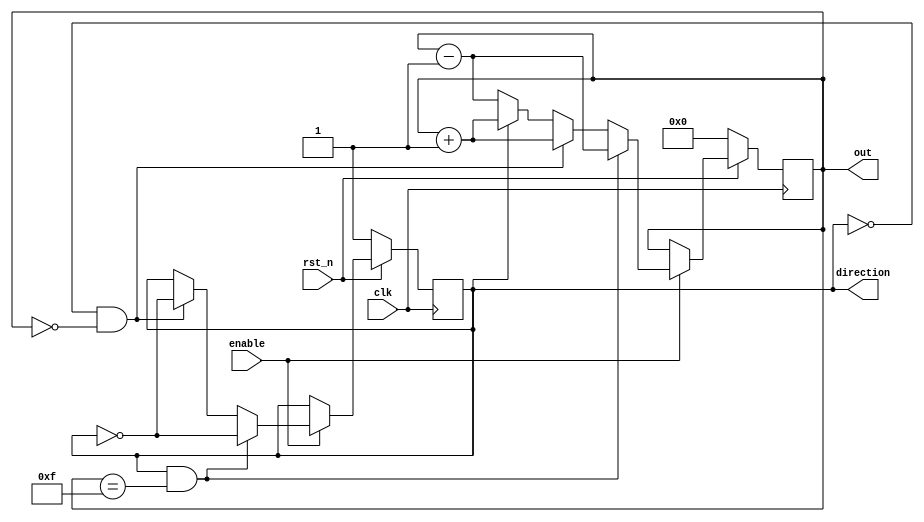
`timescale 1ns/1ps

module Ping_Pong_Counter (clk, rst_n, enable, direction, out);
input clk, rst_n;
input enable;
output direction;
output [3:0] out;
reg direction;
reg [3:0] out;

always@(posedge clk) begin
    if(rst_n == 1'b0) begin
        out <= 4'b0;
        direction <= 1'b1;
    end
    else if(enable == 1'b1) begin
            if (direction == 1'b1 && out == 4'b1111) begin
                out <= out - 1'b1;
                direction <= !direction;
            end
            else if(direction == 1'b0 && out == 4'b0) begin
                out <= out + 1'b1;
                direction <= !direction;
            end
            else out <= (direction == 1'b1) ? out + 1'b1 : out - 1'b1;
     end
     else begin
     //do nothing
     end
end

endmodule

/*
out: 0,1,2,??,13,14,15,14,13,??,2,1,0,1,2,?? 
direction: 1,1,1,??..,1, 1, 1, 0, 0,??, 0,0,0,1,1,??
*/